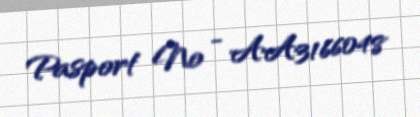
Pasport № - AA3166048